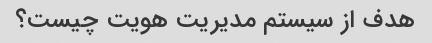
هدف از سیستم مدیریت هویت چیست؟